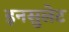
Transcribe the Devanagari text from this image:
इनसुलेट